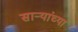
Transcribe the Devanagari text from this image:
सार्‍यांच्या